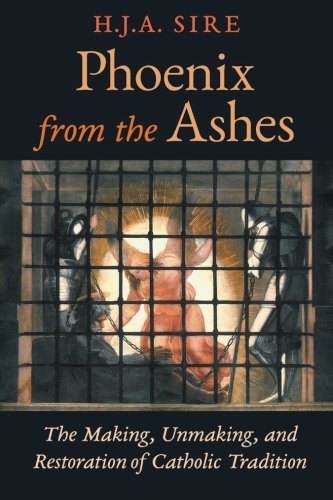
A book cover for Phoenix from the Ashes: The Making, Unmaking, and Restoration of Catholic Tradition; H.J.A. Sire; History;